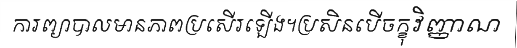
ការព្យាបាលមានភាពប្រសើរឡើង។ប្រសិនបើចក្ខុវិញ្ញាណ